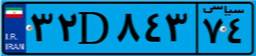
۳۲D۸۴۳۷۴